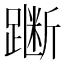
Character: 𫏞